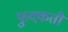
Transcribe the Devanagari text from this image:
फुदकती